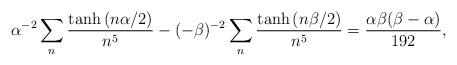
LaTeX: \begin{align*} \alpha^{-2} \sum_{n } \frac{\tanh \left( n \alpha / 2 \right)}{n^5}- ( - \beta)^{-2} \sum_{n } \frac{\tanh \left( n \beta / 2 \right)}{n^5} = \frac{\alpha \beta (\beta-\alpha)}{192} ,\end{align*}